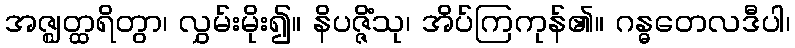
အဇ္ဈတ္ထရိတွာ၊ လွှမ်းမိုး၍။ နိပဇ္ဇိံသု၊ အိပ်ကြကုန်၏။ ဂန္ဓတေလဒီပါ၊